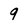
Character: 9